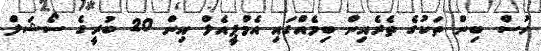
ހުސް ބިން ތަކުގެ ތެރެއިން ބިމެއްގައި އެމްޕީއެލް އިން 20 ބުރީގެ ސޯޝަލް